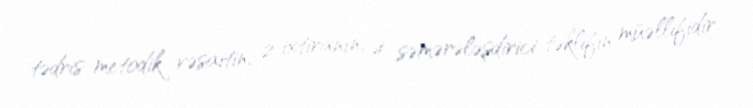
tədris-metodik vəsaitin, 2 ixtiranın, 4 səmərələşdirici təklifin müəllifidir.